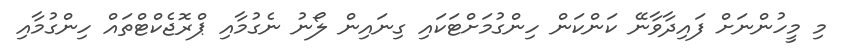
މި މީހުންނަށް ފައިދާވާނޭ ކަންކަން ހިންގުމަށްޓަކައި ގިނައިން ލޯނު ނެގުމާއި ޕްރޮޖެކްޓްތައް ހިންގުމާއި